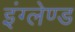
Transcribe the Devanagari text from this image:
इंग्लेण्ड